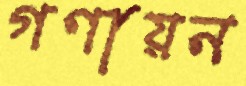
গণায়ন